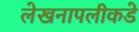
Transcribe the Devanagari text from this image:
लेखनापलीकडे